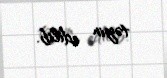
təyin edilib.